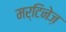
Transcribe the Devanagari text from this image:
मर्टिनेज़